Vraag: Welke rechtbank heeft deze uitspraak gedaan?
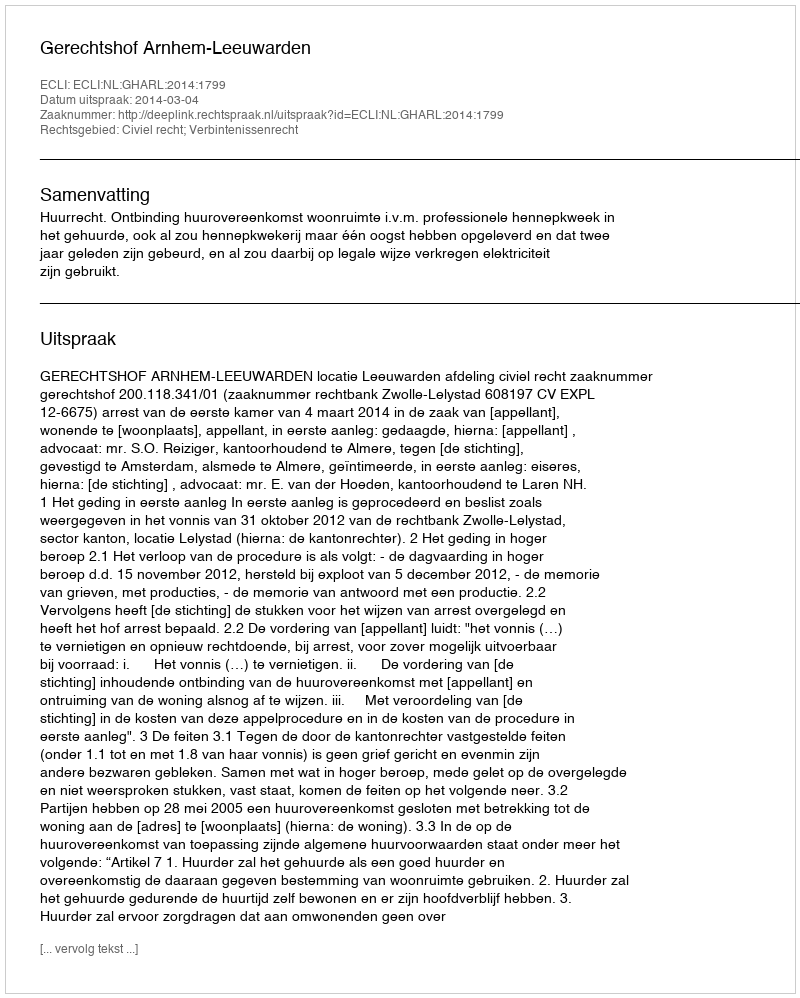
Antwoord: Gerechtshof Arnhem-Leeuwarden